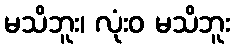
မသိဘူး၊ လုံးဝ မသိဘူး